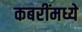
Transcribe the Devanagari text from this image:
कबरींमध्ये